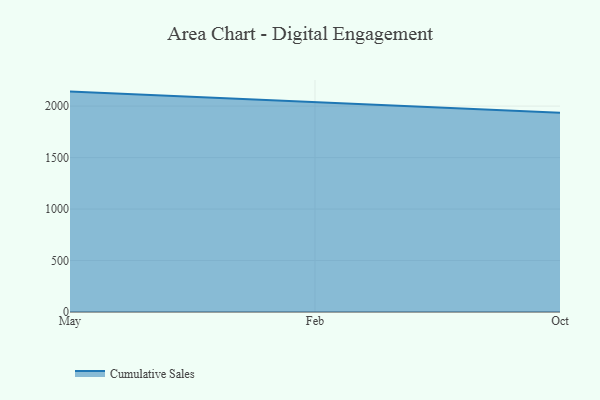
{"axis": {"x": "Month", "y": "Conversion Rate (%)"}, "legend": ["Cumulative Sales"], "data": [{"x": "May", "y": 2141.1, "type": "Cumulative Sales"}, {"x": "Feb", "y": 2037.3, "type": "Cumulative Sales"}, {"x": "Oct", "y": 1936.8, "type": "Cumulative Sales"}]}